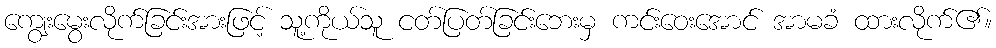
ကျွေးမွေးလိုက်ခြင်းအားဖြင့် သူ့ကိုယ်သူ ငတ်ပြတ်ခြင်းဘေးမှ ကင်းဝေးအောင် အာမခံ ထားလိုက်၏။